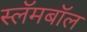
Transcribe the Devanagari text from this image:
स्लॅमबॉल